Scottish Education Department, 1936
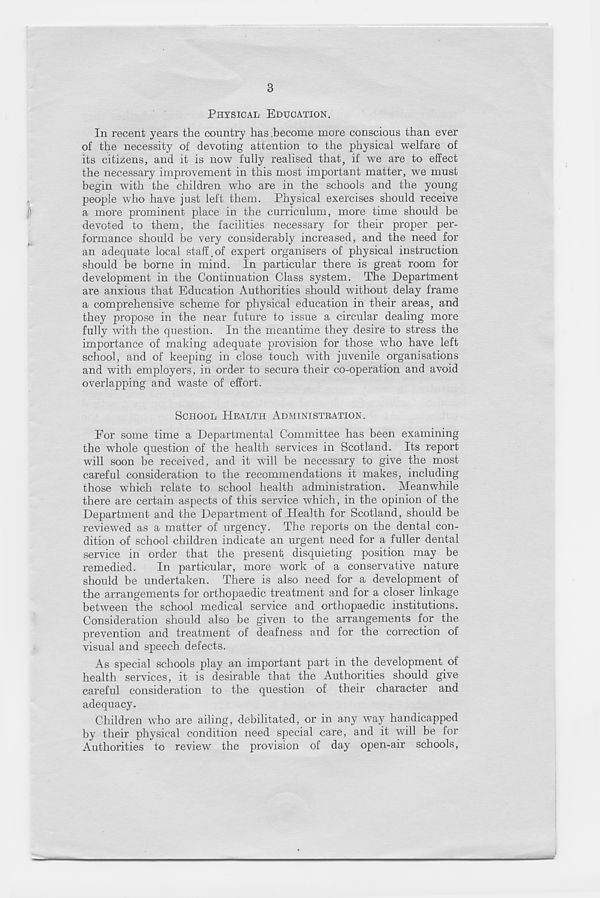
3
PHYSICAL EDUCATION.
In recent years the country has become more conscious than ever
of the necessity of devoting attention to the physical welfare of
its citizens, and it is now fully realised that, if we are to effect
the necessary improvement in this most important matter, we must
begin with the children, who are in the schools and the young
people who have just left them. Physical exercises should receive
a more prominent place in the curriculum, more time should be
devoted to them, the facilities necessary for their proper per-
formance should be very considerably increased, and the need for
an adequate local staff.of expert organisers of physical instruction
should be borne in mind. In particular there is great room for
development in the Continuation Class system. The Department
are anxious that Education Authorities should without delay frame
a comprehensive scheme for physical education in their areas, and
they propose in the near future to issue a circular dealing more
fully with the question. In the meantime they desire to stress the
importance of making adequate provision for those who have left
school, and of keeping in close touch with juvenile organisations
and with employers, in order to secure their co-operation and avoid
overlapping and waste of effort.
SCHOOL HEALTH ADMINISTRATION.
For some time a Departmental Committee has been examining
the whole question of the health services in Scotland. Its report
will soon be received, and it will be necessary to give the most
careful consideration to the recommendations it makes, including
those which relate to school health administration. Meanwhile
there are certain aspects of this service which, in the opinion of the
Department and the Department of Health for Scotland, should be
reviewed as a matter of urgency. The reports on the dental con-
dition of school children indicate an urgent need for a fuller dental
service in order that the present disquieting position may be
remedied.
In particular, more work of a conservative nature
should be undertaken. There is also need for a development of
the arrangements for orthopaedic treatment and for a closer linkage
between the school medical service and orthopaedic institutions.
Consideration should also be given to the arrangements for the
prevention and treatment of deafness and for the correction of
visual and speech defects.
As special schools play an important part in the development of
health services, it is desirable that the Authorities should give
careful consideration to the question of their character and
adequacy.
Children who are ailing, debilitated, or in any way handicapped
by their physical condition need special care, and it will be for
Authorities to review the provision of day open-air schools,